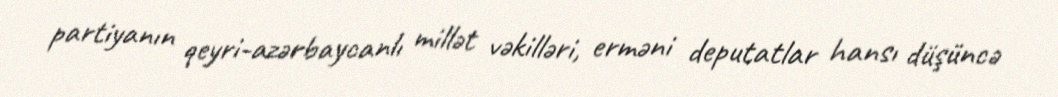
partiyanın qeyri-azərbaycanlı millət vəkilləri, erməni deputatlar hansı düşüncə